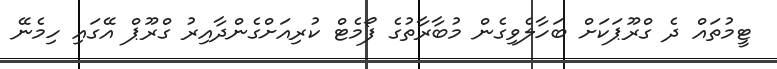
ޓީމުތައް ދެ ގްރޫޕަކަށް ބަހާލެވިގެން މުބާރާތުގެ ފޯމެޓް ކުރިއަށްގެންދާއިރު ގްރޫޕް އޭގައި ހިމެނޭ